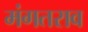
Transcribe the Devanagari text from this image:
मंगतराव